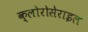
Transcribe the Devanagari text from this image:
क्लोरोसेराइल